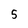
Character: 5